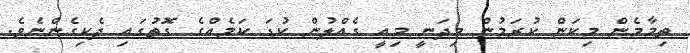
ތިމާމެން މިކަން ކުރަމުން މިދަނީ މިއީ ގެއްލުން ކުޑަ ކަމެއްގެ ގޮތުގައި ދެކިގެންނެވެ.